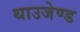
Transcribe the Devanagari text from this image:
थाउजेण्ड